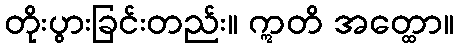
တိုးပွားခြင်းတည်း။ ဣတိ အတ္ထော။